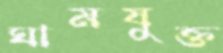
ঘামযুক্ত